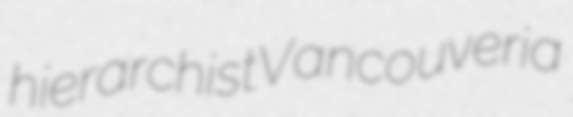
hierarchist Vancouveria